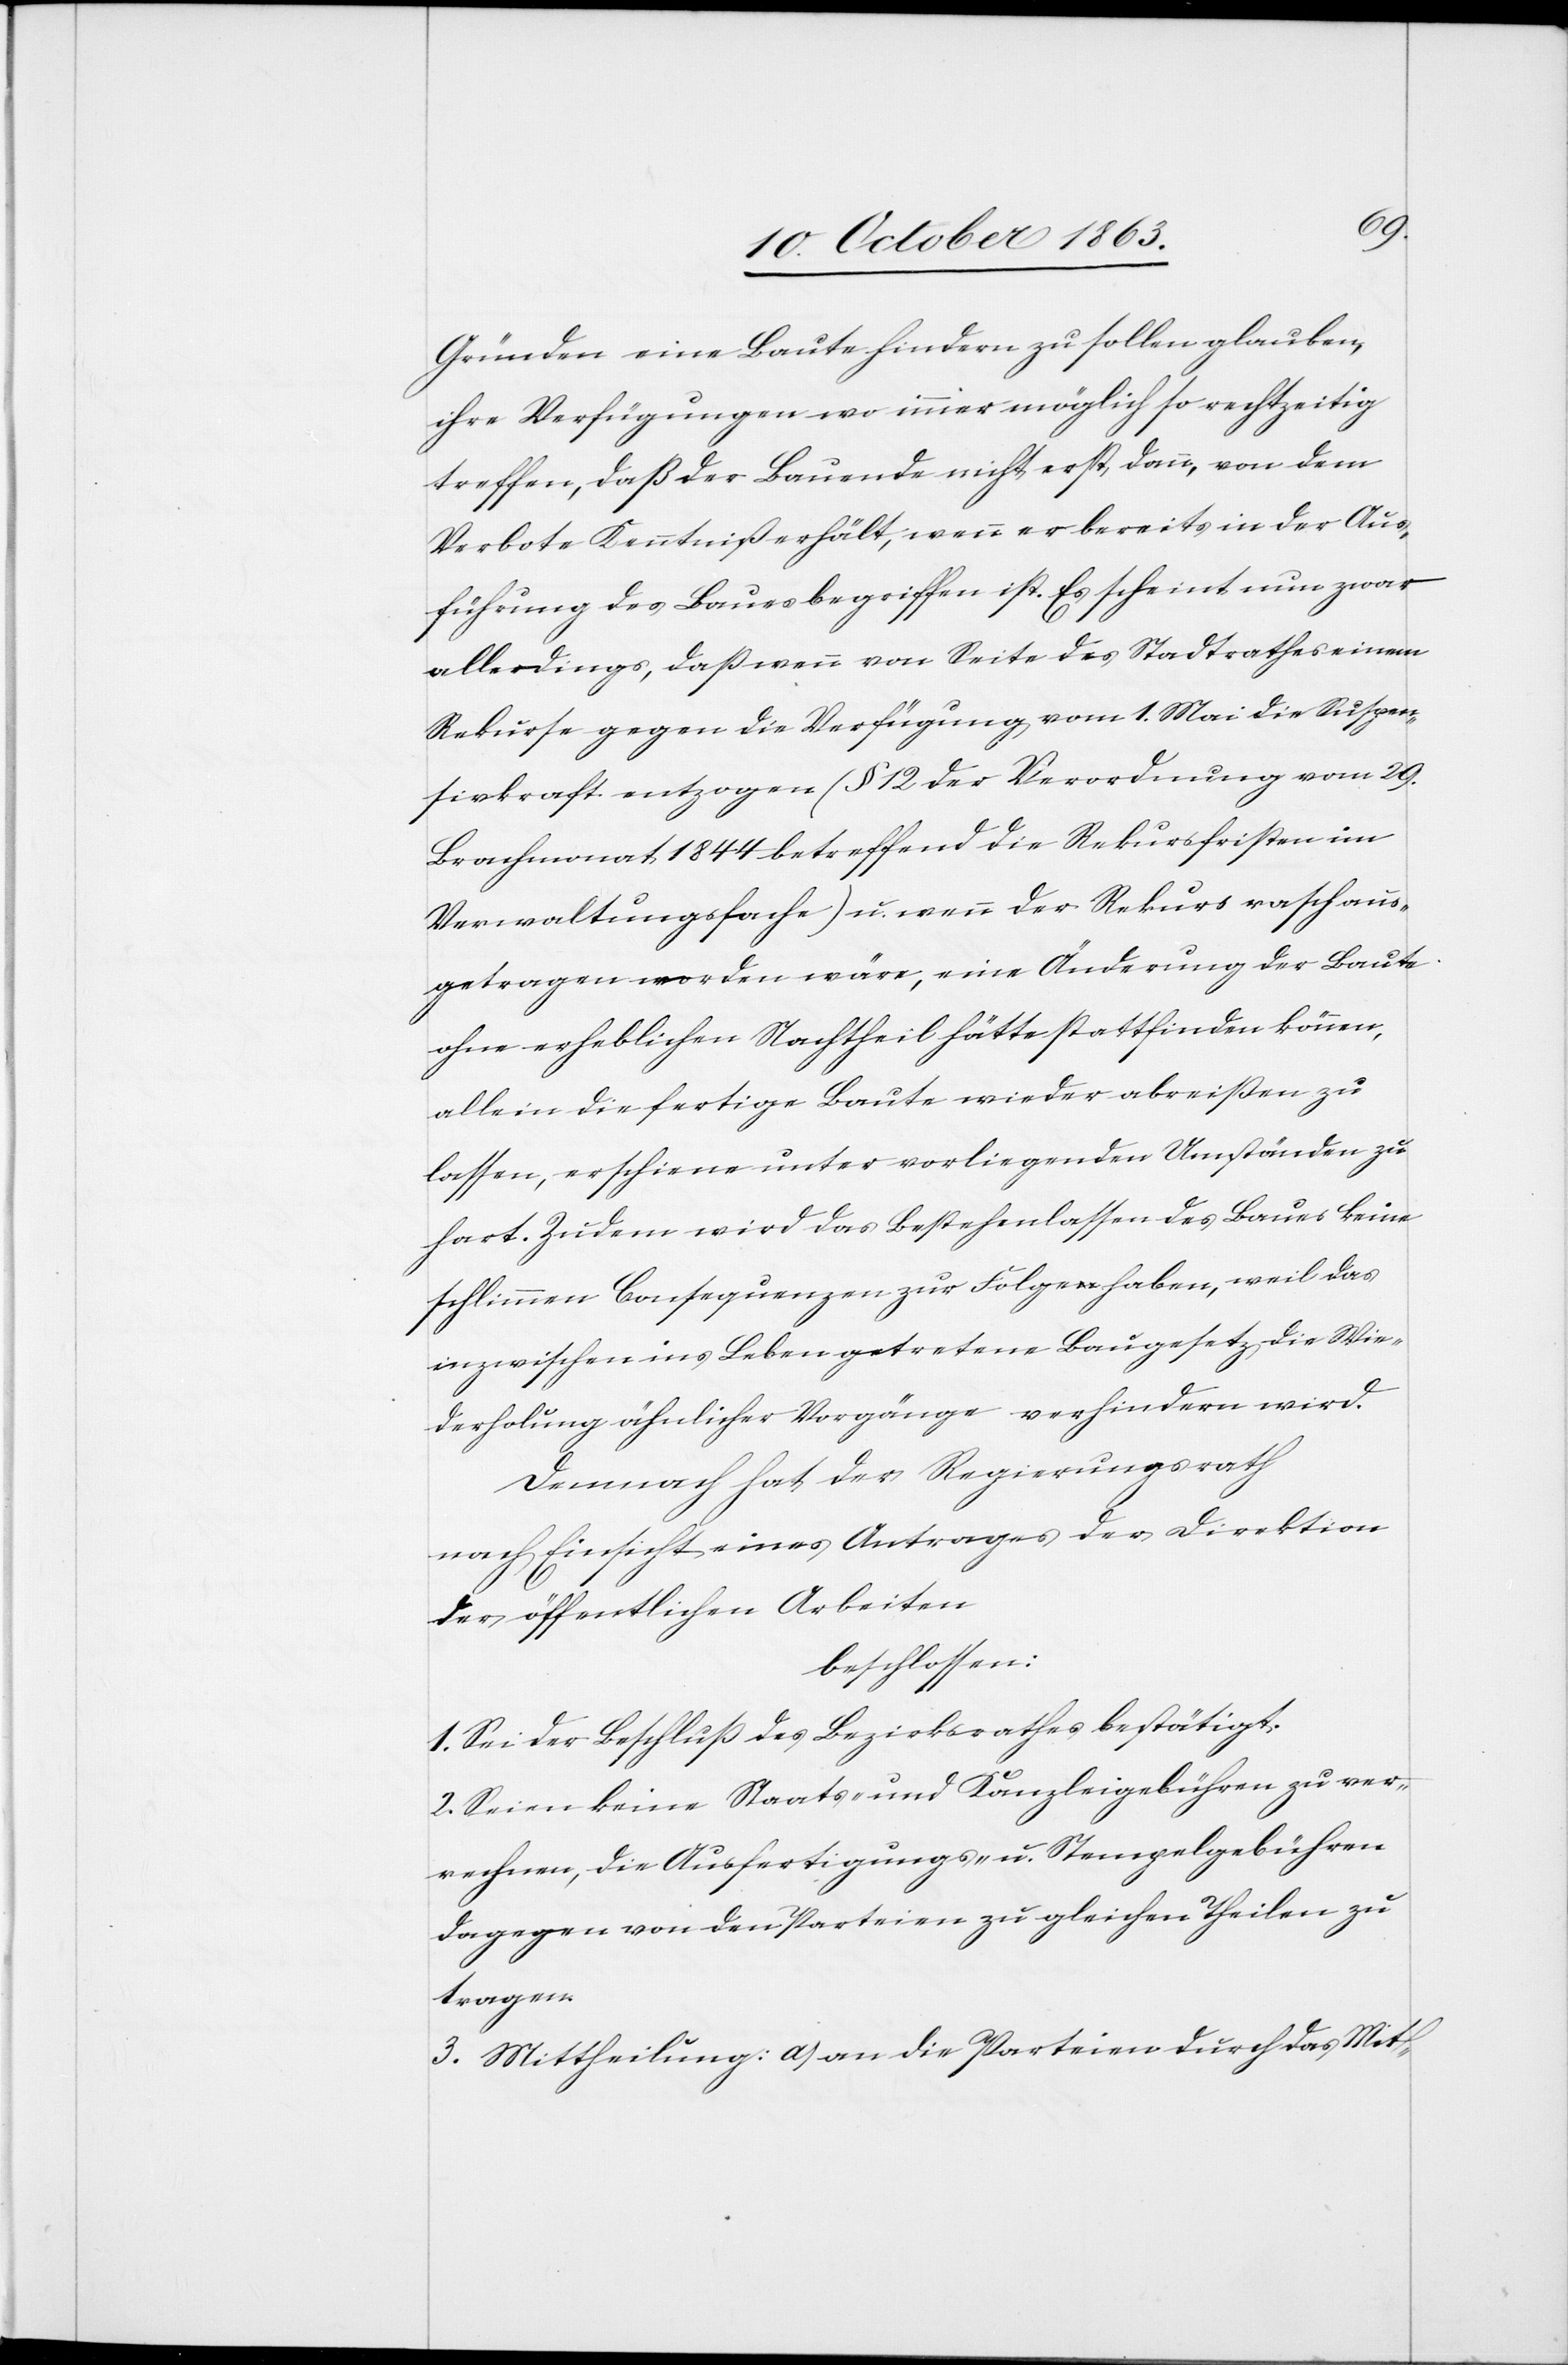
Gründen eine Baute hindern zu sollen glauben,
ihre Verfügungen wo immer möglich so rechtzeitig
treffen, daß der Bauende nicht erst, dann, von dem
Verbote Kenntniß erhält, wenn er bereits in der Aus¬
führung des Baues begriffen ist. Es scheint nun zwar
allerdings, daß wenn von Seite des Stadtrathes einem
Rekurse gegen die Verfügung vom 1. Mai die Suspen¬
sivkraft entzogen (§ 12 der Verordnung vom 29.
Brachmonat 1844 betreffend die Rekursfrist im
Verwaltungsfache) u. wenn der Rekurs rasch aus¬
getragen worden wäre, eine Änderung der Baute
ohne erheblichen Nachtheil hätte stattfinden können,
allein die fertige Baute wieder abreißen zu
lassen, erschiene unter vorliegenden Umständen zu
hart. Zudem wird das Bestehenlassen des Baues keine
schlimmen Consequenzen zur Folge haben, weil das
inzwischen ins Leben getretene Baugesetz die Wie¬
derholung ähnlicher Vorgänge verhindern wird.
Demnach hat der Regierungsrath
nach Einsicht eines Antrages der Direktion
der öffentlichen Arbeiten
beschlossen:
1. Sei der Beschluß des Bezirksrathes bestätigt.
2. Seien keine Staats- und Kanzleigebühren zu ver¬
rechnen, die Ausfertigungs- u. Stempelgebühren
dagegen von den Parteien zu gleichen Theilen zu
tragen.
3. Mittheilung: a) an die Parteien durch das Mit-